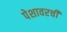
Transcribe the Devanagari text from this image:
पेशावरची